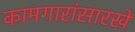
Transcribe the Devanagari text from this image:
कामगारांसारखे